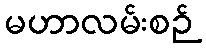
မဟာလမ်းစဉ်